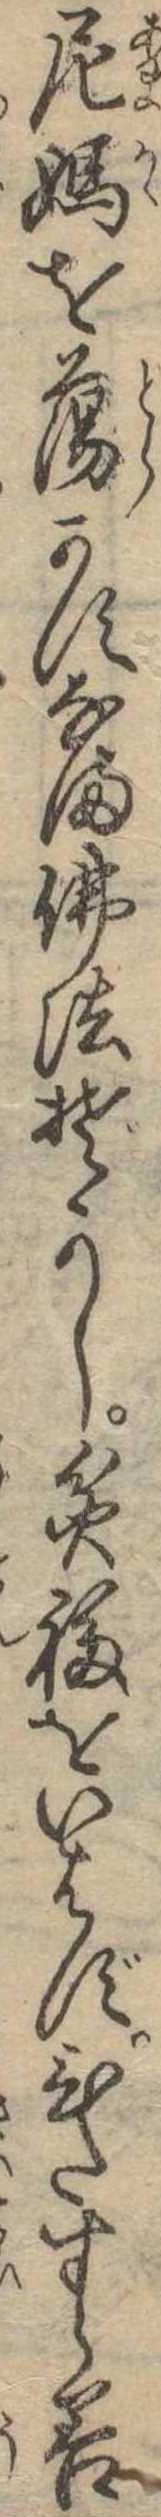
尼媽を蕩かすなま仏法ぞかし貧福をいはずひたすら善